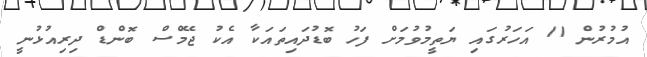
އުމުރުން 11 އަހަރުގައި ޔަތީމުވުމަށް ފަހު ބޮޑުދައިތައަކާ އެކު ޖޭމްސް ބޮންޑް ދިރިއުޅުނީ